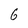
Character: 6